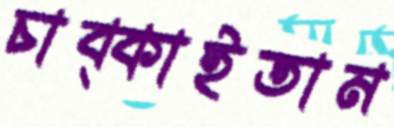
চাব্‌কাইতাম